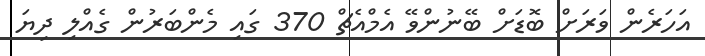
އަހަރެން ވަރަށް ބޮޑަށް ބޭނުންވޭ އެމްއެޗް 370 ގައި މެންބަރުން ގެއްލި ދިޔަ